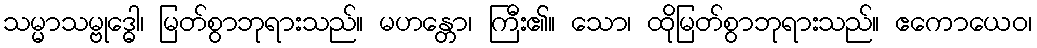
သမ္မာသမ္ဗုဒ္ဓေါ၊ မြတ်စွာဘုရားသည်။ မဟန္တော၊ ကြီး၏။ သော၊ ထိုမြတ်စွာဘုရားသည်။ ဧကောယေဝ၊